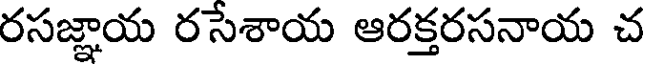
రసజ్ఞాయ రసేశాయ ఆరక్తరసనాయ చ